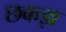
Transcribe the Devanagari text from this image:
छकड़ा